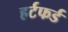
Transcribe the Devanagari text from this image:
हर्टफर्ड